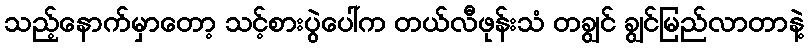
သည့်နောက်မှာတော့ သင့်စားပွဲပေါ်က တယ်လီဖုန်းသံ တချွင် ချွင်မြည်လာတာနဲ့